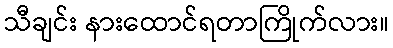
သီချင်း နားထောင်ရတာကြိုက်လား။